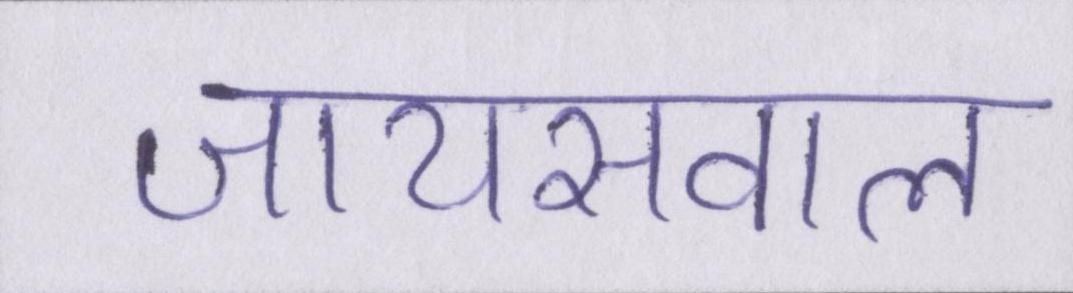
जायसवाल